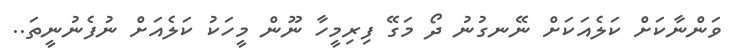
ވަންނާކަށް ކަލެއަކަށް ނޭނގުނު ދޯ މަގޭ ފިރިމީހާ ނޫން މީހަކު ކަލެއަށް ނުފެނުނީތަ..